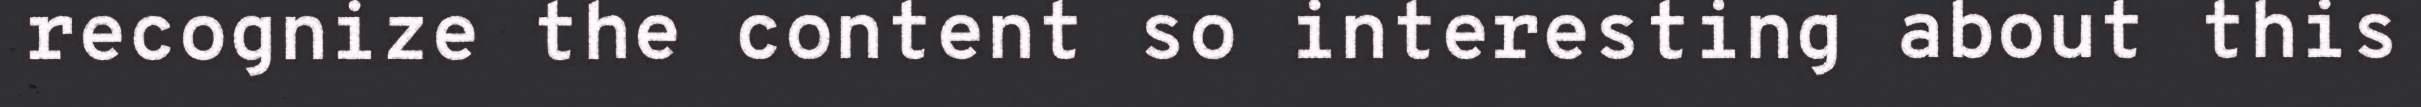
recognize the content so interesting about this